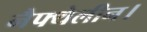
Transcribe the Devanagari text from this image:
नैफ्थेलीन।